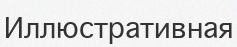
Иллюстративная